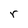
Character: r